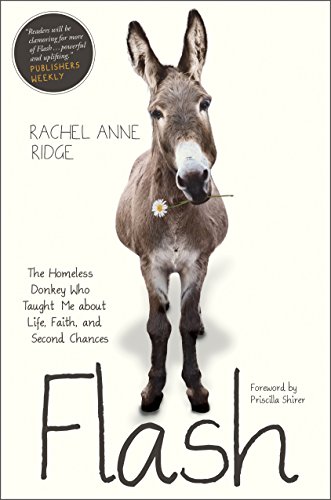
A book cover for Flash: The Homeless Donkey Who Taught Me about Life, Faith, and Second Chances; Rachel Anne Ridge; Crafts, Hobbies & Home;